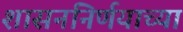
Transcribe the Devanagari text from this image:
शासननिर्णयाच्या